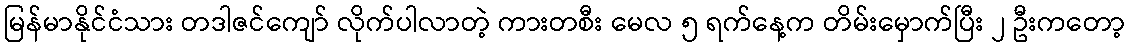
မြန်မာနိုင်ငံသား တဒါဇင်ကျော် လိုက်ပါလာတဲ့ ကားတစီး မေလ ၅ ရက်နေ့က တိမ်းမှောက်ပြီး ၂ ဦးကတော့